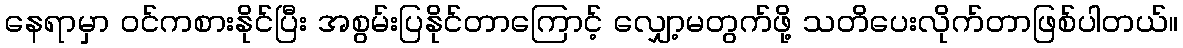
နေရာမှာ ဝင်ကစားနိုင်ပြီး အစွမ်းပြနိုင်တာကြောင့် လျှော့မတွက်ဖို့ သတိပေးလိုက်တာဖြစ်ပါတယ်။